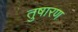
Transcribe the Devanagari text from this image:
तुषारण